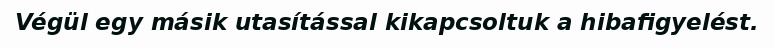
Végül egy másik utasítással kikapcsoltuk a hibafigyelést.